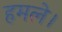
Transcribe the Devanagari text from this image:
हमले।